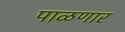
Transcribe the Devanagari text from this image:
पाळणार